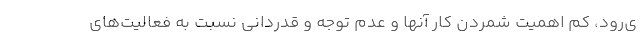
ی‌رود، کم اهمیت شمردن کار آنها و عدم توجه و قدردانی نسبت به فعالیت‌های